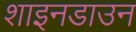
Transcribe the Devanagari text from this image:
शाइनडाउन